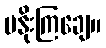
မနိုးကြချေ။